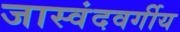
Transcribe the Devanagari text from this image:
जास्वंदवर्गीय